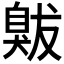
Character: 𦤚